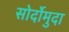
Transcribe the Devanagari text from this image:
सोर्दोमुदा